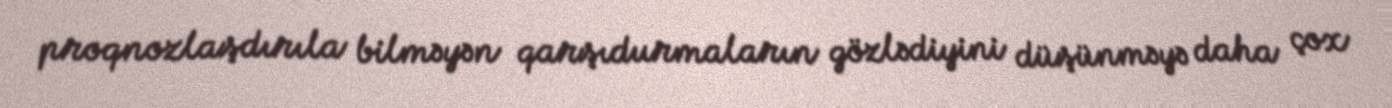
proqnozlaşdırıla bilməyən qarşıdurmaların gözlədiyini düşünməyə daha çox